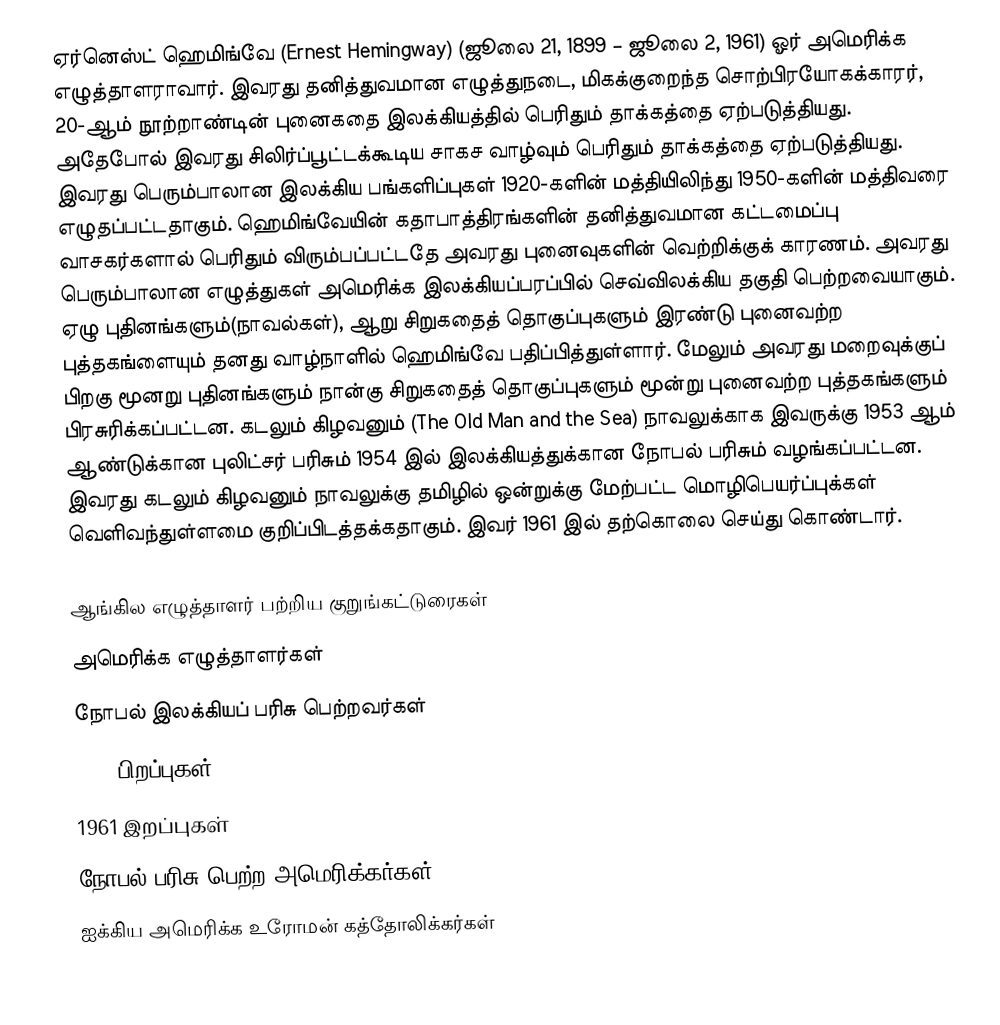
ஏர்னெஸ்ட் ஹெமிங்வே (Ernest Hemingway) (ஜூலை 21, 1899 – ஜூலை 2, 1961) ஓர் அமெரிக்க எழுத்தாளராவார். இவரது தனித்துவமான எழுத்துநடை, மிகக்குறைந்த சொற்பிரயோகக்காரர், 20-ஆம் நூற்றாண்டின் புனைகதை இலக்கியத்தில் பெரிதும் தாக்கத்தை ஏற்படுத்தியது. அதேபோல் இவரது சிலிர்ப்பூட்டக்கூடிய சாகச வாழ்வும் பெரிதும் தாக்கத்தை ஏற்படுத்தியது. இவரது பெரும்பாலான இலக்கிய பங்களிப்புகள் 1920-களின் மத்தியிலிந்து 1950-களின் மத்திவரை எழுதப்பட்டதாகும். ஹெமிங்வேயின் கதாபாத்திரங்களின் தனித்துவமான கட்டமைப்பு வாசகர்களால்  பெரிதும் விரும்பப்பட்டதே அவரது புனைவுகளின் வெற்றிக்குக் காரணம். அவரது பெரும்பாலான எழுத்துகள் அமெரிக்க இலக்கியப்பரப்பில் செவ்விலக்கிய தகுதி பெற்றவையாகும். ஏழு புதினங்களும்(நாவல்கள்), ஆறு சிறுகதைத் தொகுப்புகளும் இரண்டு புனைவற்ற புத்தகங்ளையும் தனது வாழ்நாளில் ஹெமிங்வே பதிப்பித்துள்ளார்.  மேலும் அவரது மறைவுக்குப் பிறகு மூனறு புதினங்களும் நான்கு சிறுகதைத் தொகுப்புகளும் மூன்று புனைவற்ற புத்தகங்களும் பிரசுரிக்கப்பட்டன.   கடலும் கிழவனும் (The Old Man and the Sea) நாவலுக்காக இவருக்கு 1953 ஆம் ஆண்டுக்கான புலிட்சர் பரிசும் 1954 இல் இலக்கியத்துக்கான நோபல் பரிசும் வழங்கப்பட்டன. இவரது கடலும் கிழவனும் நாவலுக்கு தமிழில் ஒன்றுக்கு மேற்பட்ட மொழிபெயர்ப்புக்கள் வெளிவந்துள்ளமை குறிப்பிடத்தக்கதாகும். இவர் 1961 இல் தற்கொலை செய்து கொண்டார்.

ஆங்கில எழுத்தாளர் பற்றிய குறுங்கட்டுரைகள்
அமெரிக்க எழுத்தாளர்கள்
நோபல் இலக்கியப் பரிசு பெற்றவர்கள்
1899 பிறப்புகள்
1961 இறப்புகள்
நோபல் பரிசு பெற்ற அமெரிக்கர்கள்
ஐக்கிய அமெரிக்க உரோமன் கத்தோலிக்கர்கள்